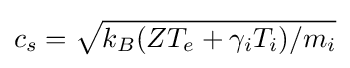
c_{s}={\sqrt {k_{B}(ZT_{e}+\gamma _{i}T_{i})/m_{i}}}